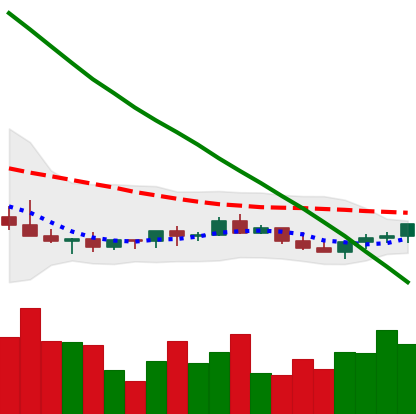
Ticker: LINK-USD
Chart end date: 2022-07-16
Forward return: 6.4%
Label: up_5_7